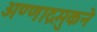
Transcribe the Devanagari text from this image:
अण्णाद्रमुकने